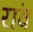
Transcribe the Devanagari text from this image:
रांव